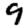
Digit: 9